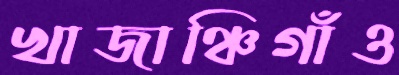
খাজাঞ্চিগাঁও